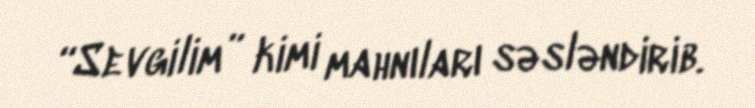
“Sevgilim” kimi mahnıları səsləndirib.